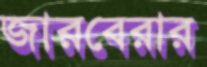
জারবেরার